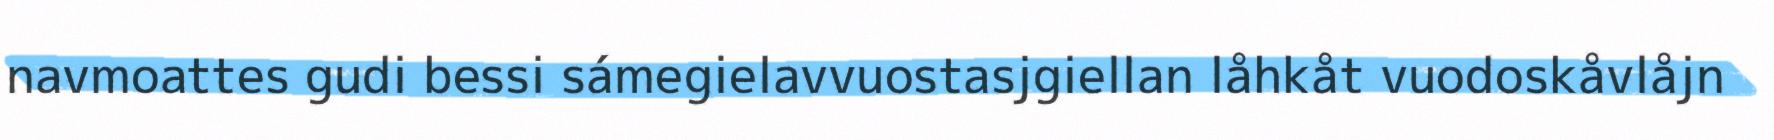
navmoattes gudi bessi sámegielavvuostasjgiellan låhkåt vuodoskåvlåjn